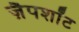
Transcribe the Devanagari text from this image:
ज़ैपशॉट